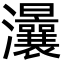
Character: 㶞